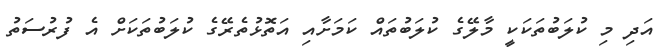
އަދި މި ކުލަބުތަކަކީ މާލޭގެ ކުލަބުތައް ކަމަށާއި އަތޮޅުތެރޭގެ ކުލަބުތަކަށް އެ ފުރުސަތު